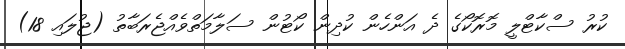
ކުރު ސްކާޓްލީ މޮރޮކޯގެ ދެ އަންހެން ކުދިން ކޯޓުން ސަލާމަތްވެއްޖެރަބާތު (ޖުލައި 18)